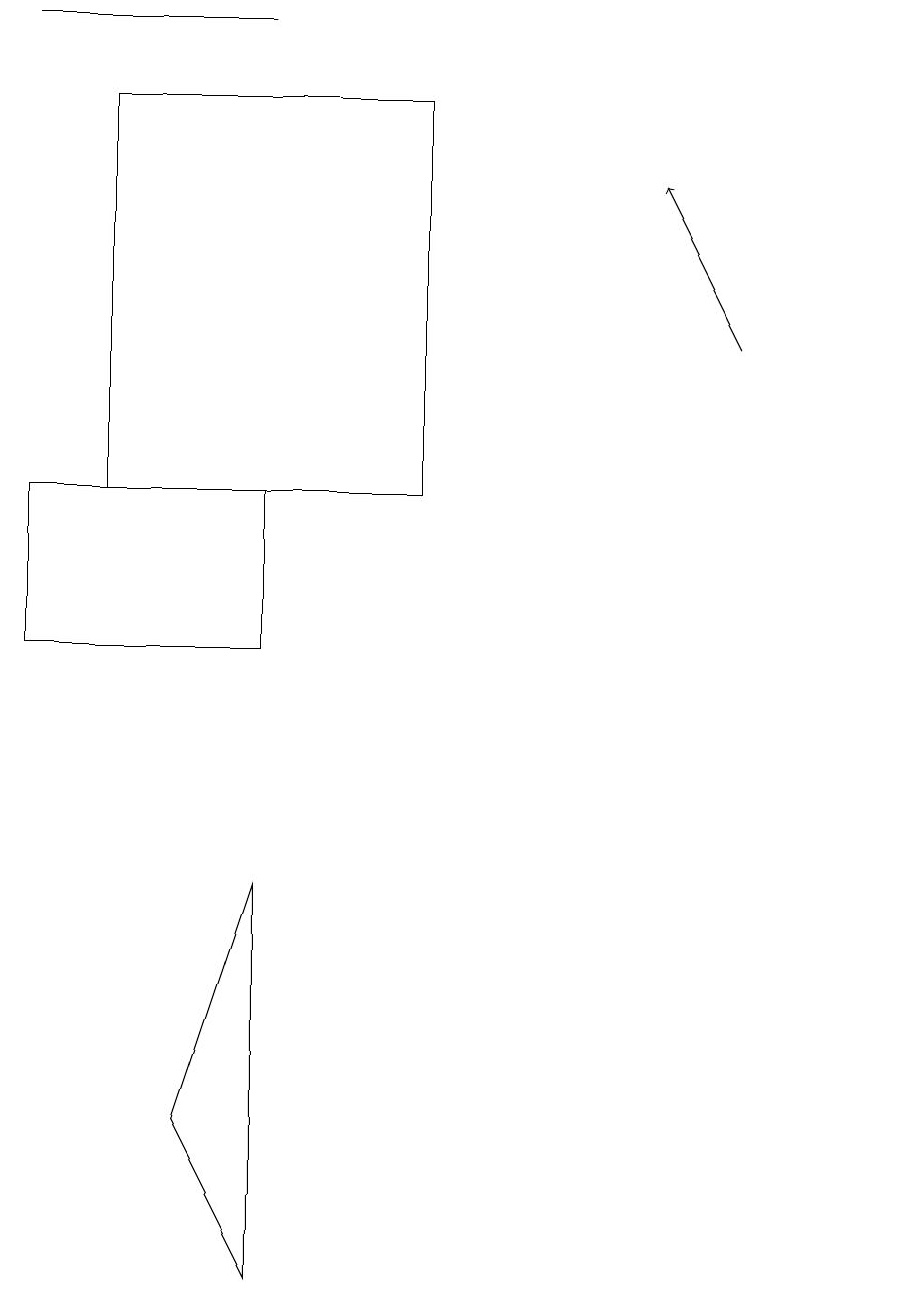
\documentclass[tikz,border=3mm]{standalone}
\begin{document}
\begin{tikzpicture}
\draw (11,11) circle (0);
\draw (5,17) rectangle (1,12);
\draw (3,12) rectangle (0,10);
\draw (3,18) rectangle (0,18);
\draw[->] (9,14) -- (8,16);
\draw (3,7) -- (3,2) -- (2,4) -- cycle;
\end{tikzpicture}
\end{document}